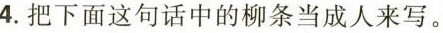
4.把下面这句话中的柳条当成人来写。